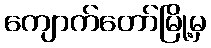
ကျောက်တော်မြို့မှ